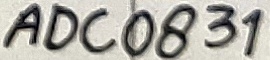
Text: ADC0831